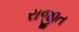
રાજીત